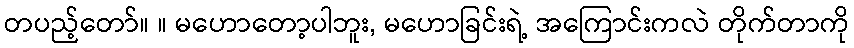
တပည့်တော်။ ။ မဟောတော့ပါဘူး, မဟောခြင်းရဲ့ အကြောင်းကလဲ တိုက်တာကို